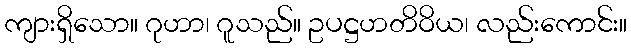
ကျားရှိသော။ ဂုဟာ၊ ဂူသည်။ ဥပဋ္ဌဟတိဝိယ၊ လည်းကောင်း။